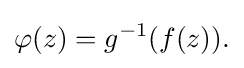
\displaystyle {\varphi (z)=g^{-1}(f(z)).}